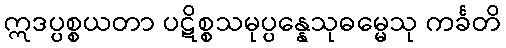
ဣဒပ္ပစ္စယတာ ပဋိစ္စသမုပ္ပန္နေသုဓမ္မေသု ကင်္ခတိ